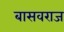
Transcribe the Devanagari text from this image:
बासवराज